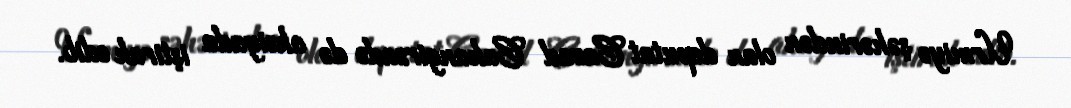
Urmiyə şəhərindən olan deputat Cavad Cahangirzadə də aksiyada iştirak edib.